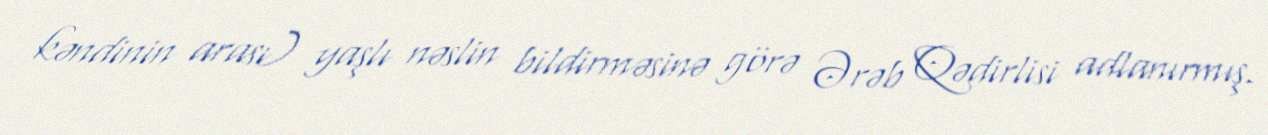
kəndinin arası) yaşlı nəslin bildirməsinə görə Ərəb Qədirlisi adlanırmış.